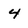
Character: 4